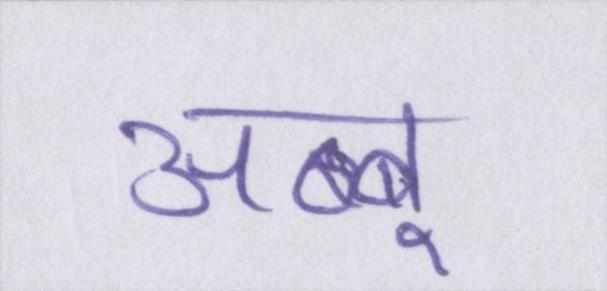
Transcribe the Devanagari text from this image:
अब्बू